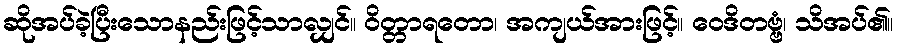
ဆိုအပ်ခဲ့ပြီးသောနည်းဖြင့်သာလျှင်။ ဝိတ္တာရတော၊ အကျယ်အားဖြင့်။ ဝေဒိတဗ္ဗံ၊ သိအပ်၏။